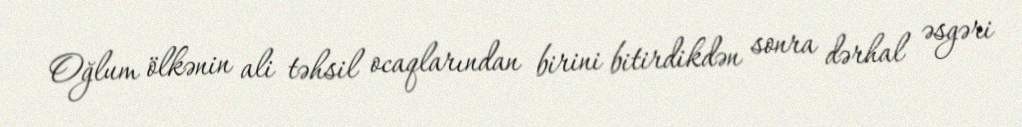
Oğlum ölkənin ali təhsil ocaqlarından birini bitirdikdən sonra dərhal əsgəri